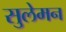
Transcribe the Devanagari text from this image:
सुलेमन